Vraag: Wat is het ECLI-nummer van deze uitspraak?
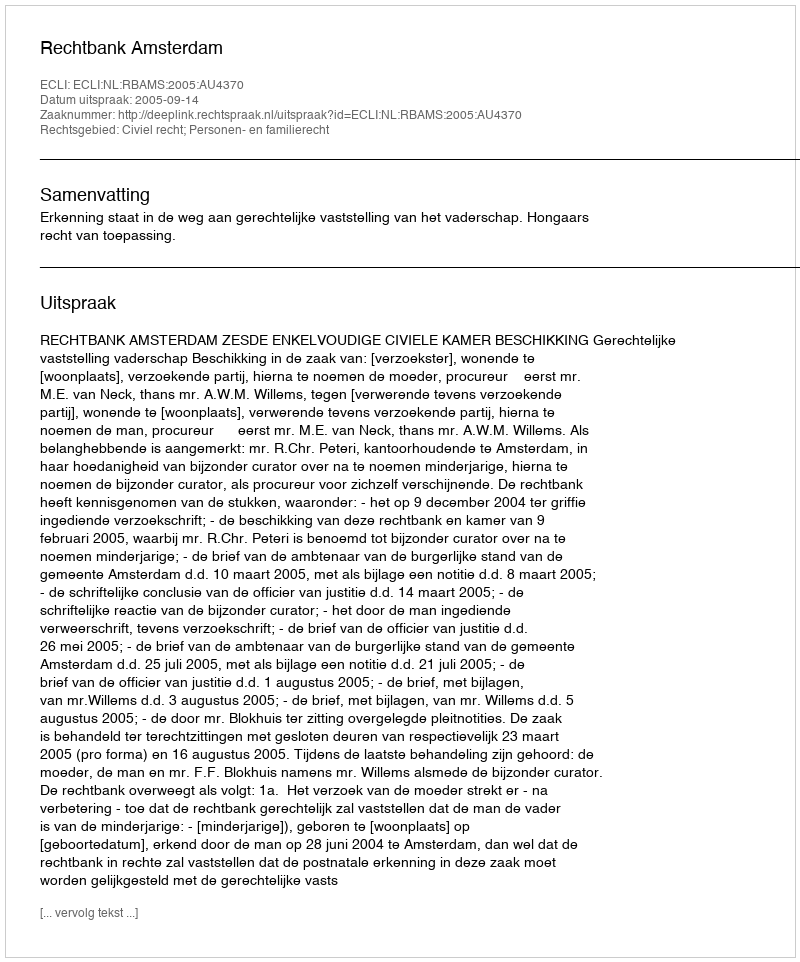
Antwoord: ECLI:NL:RBAMS:2005:AU4370